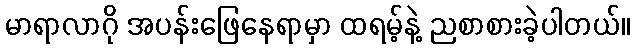
မာရာလာဂို အပန်းဖြေနေရာမှာ ထရမ့်နဲ့ ညစာစားခဲ့ပါတယ်။